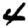
Digit: 4